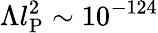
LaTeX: \Lambda l_{\mathrm{P}}^{2}\sim 10^{-124}